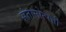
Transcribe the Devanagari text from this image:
संतानोत्पत्ती